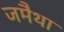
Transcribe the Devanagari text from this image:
जमैथा